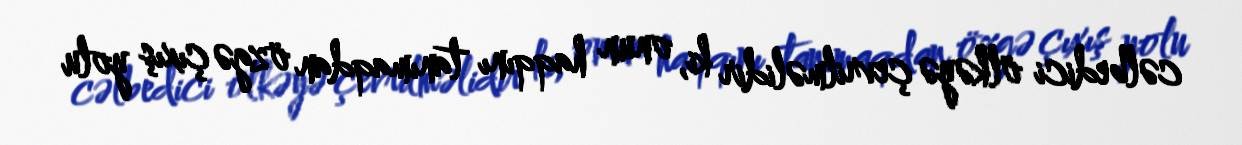
cəlbedici ölkəyə çevrilməlidir ki, onun haqqını tanımaqdan özgə çıxış yolu